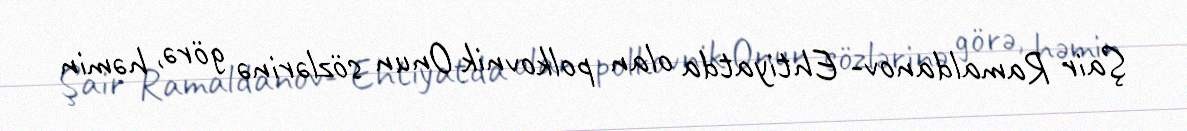
Şair Ramaldanov- Ehtiyatda olan polkovnik Onun sözlərinə görə, həmin